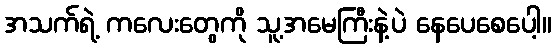
အသက်ရဲ့ ကလေးတွေကို သူ့အမေကြီးနဲ့ပဲ နေပေစေပေါ့။